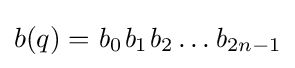
b(q)={\mathit {b}}_{0}{\mathit {b}}_{1}{\mathit {b}}_{2}\dots {\mathit {b}}_{2n-1}